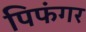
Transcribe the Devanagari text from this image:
पिफंगर